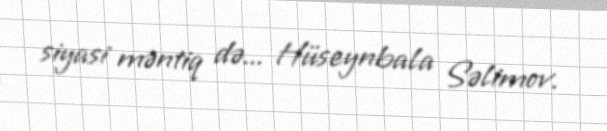
siyasi məntiq də... Hüseynbala Səlimov.